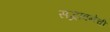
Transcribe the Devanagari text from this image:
सद्भावनेची